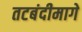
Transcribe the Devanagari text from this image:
तटबंदीमागे